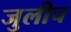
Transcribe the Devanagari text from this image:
जुलीच